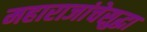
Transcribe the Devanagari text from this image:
महाराजांचेसुद्धा